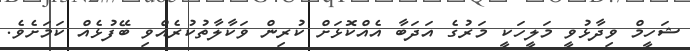
ޝަހީމް ވިދާޅުވީ މަލީހަކީ މަރުގެ އަދަބާ އެއްކޮޅަށް ކުރިން ވަކާލާތުކުރެއްވި ބޭފުޅެއް ކަމަށެވެ.